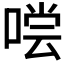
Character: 𰈇